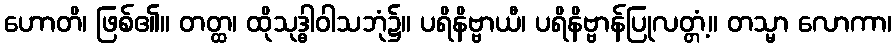
ဟောတိ၊ ဖြစ်၏။ တတ္ထ၊ ထိုသုဒ္ဓါဝါသဘုံ၌။ ပရိနိဗ္ဗာယီ၊ ပရိနိဗ္ဗာန်ပြုလတ္တံ့။ တသ္မာ လောကာ၊